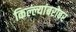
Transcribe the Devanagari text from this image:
किल्ल्यांबरोबर